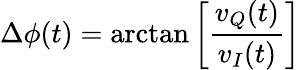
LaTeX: \Delta\phi(t)=\arctan\left[\frac{v_{Q}(t)}{v_{I}(t)}\right]